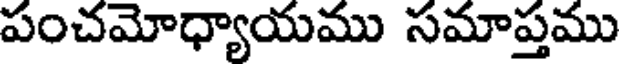
పంచమోధ్యాయము సమాప్తము